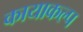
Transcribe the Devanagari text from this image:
कायाकल्‍प